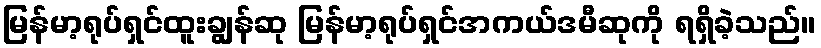
မြန်မာ့ရုပ်ရှင်ထူးချွန်ဆု မြန်မာ့ရုပ်ရှင်အကယ်ဒမီဆုကို ရရှိခဲ့သည်။